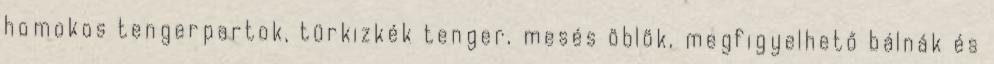
homokos tengerpartok, türkizkék tenger, mesés öblök, megfigyelhető bálnák és